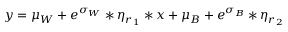
y = \mu _ { W } + e ^ { \sigma _ { W } } * \eta _ { r _ { 1 } } * x + \mu _ { B } + e ^ { \sigma _ { B } } * \eta _ { r _ { 2 } }